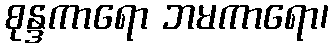
စုန္ဒကာရော ဘမကာရော၊